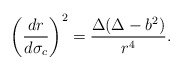
\begin{align*}\left(\frac{dr}{d\sigma_c}\right)^2=\frac{\Delta(\Delta-b^2)}{r^4}.\end{align*}